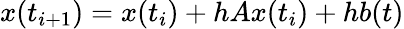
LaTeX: x(t_{i+1})=x(t_{i})+hAx(t_{i})+hb(t)